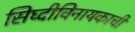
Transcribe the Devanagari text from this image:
सिघ्दीविनायकाची